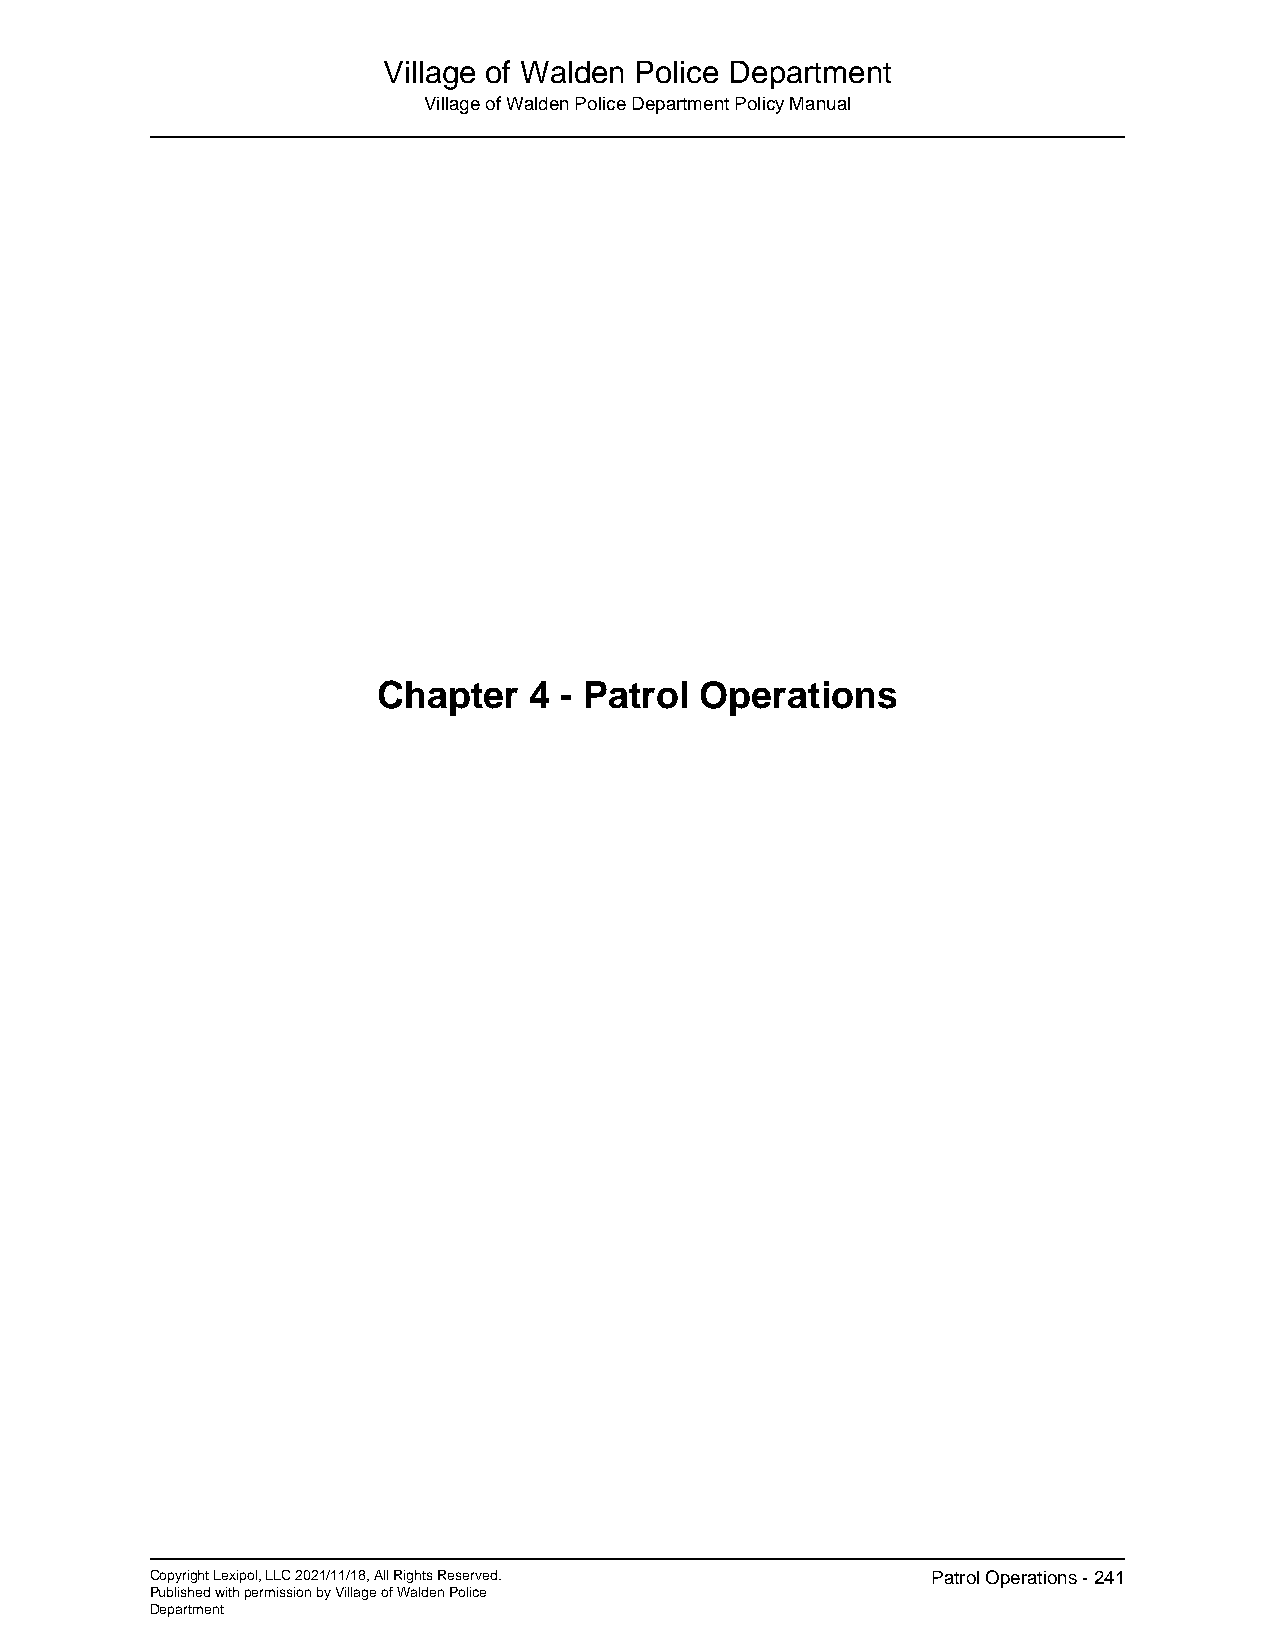
Village of Walden Police Department
 Village of Walden Police Department Policy Manual
 Chapter   4 - Patrol Operations
 Copyright Lexipol, LLC 2021/11/18, All Rights Reserved. Patrol Operations - 241
 Published with permission by Village of Walden Police
 Department